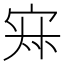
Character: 𡨜